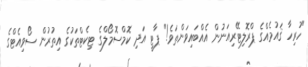
"ހުރިހާ ޤައުމެއްގެ ޕްރޮލިޓޭރިއަނުން އެއްބައިވަންތަވެ!" ޕާޓީ އަދި ކޮމްސޮމޯލްގެ ޓިކެޓްތަކުގެ އިތުރުން ސޯވިއެޓްގެ